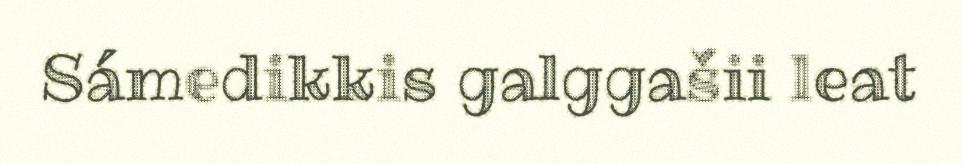
Sámedikkis galggašii leat